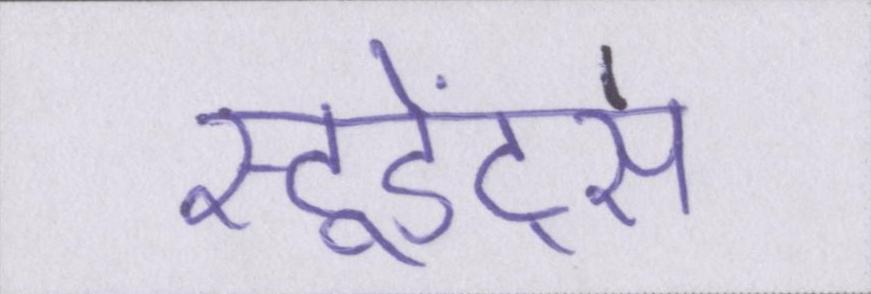
स्टूडेंट्स